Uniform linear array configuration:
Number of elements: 16
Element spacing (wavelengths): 0.25
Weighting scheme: blackman
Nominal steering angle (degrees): -15
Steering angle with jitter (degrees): -15.894
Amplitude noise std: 0.05
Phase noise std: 0.05

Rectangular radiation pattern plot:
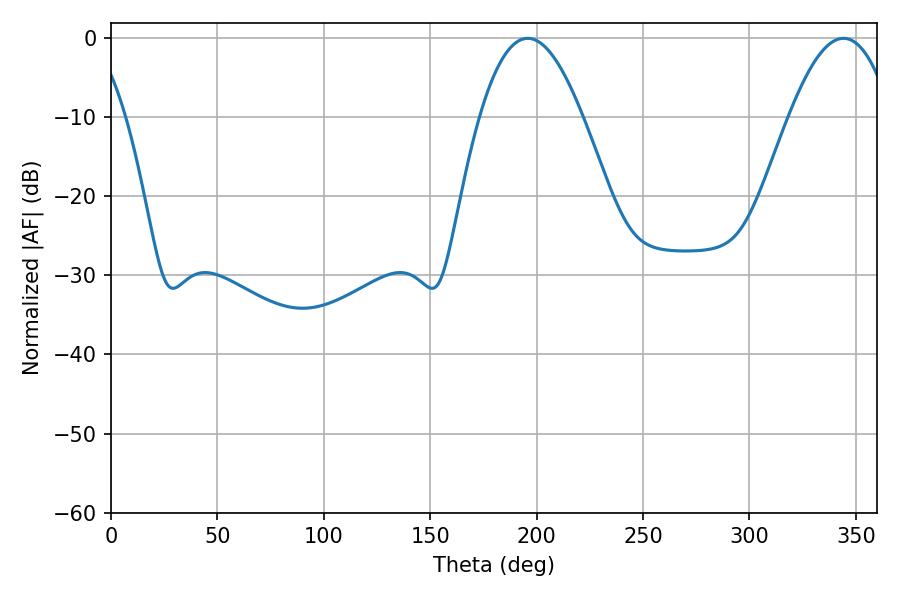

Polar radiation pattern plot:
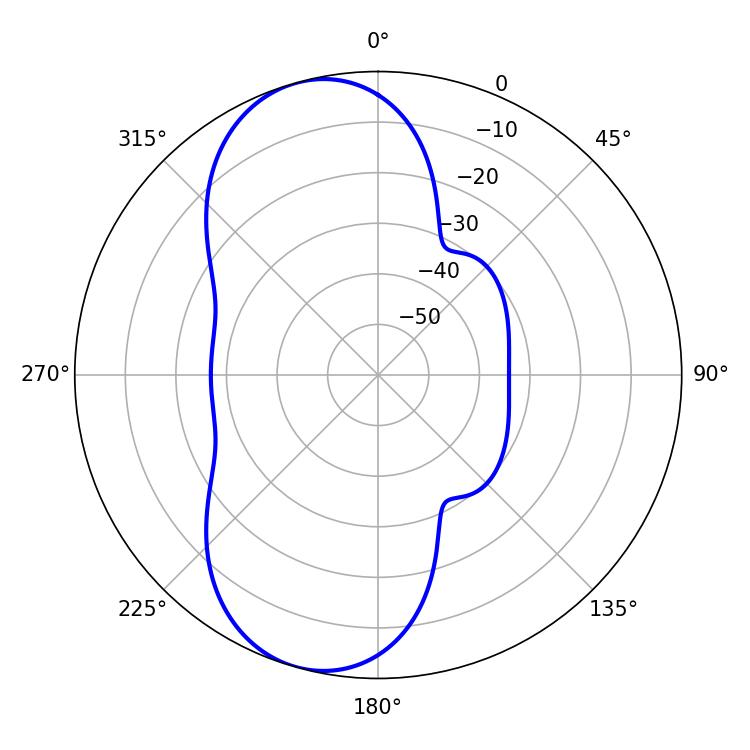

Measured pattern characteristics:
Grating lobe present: FALSE
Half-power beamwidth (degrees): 26.46
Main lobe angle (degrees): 195.84